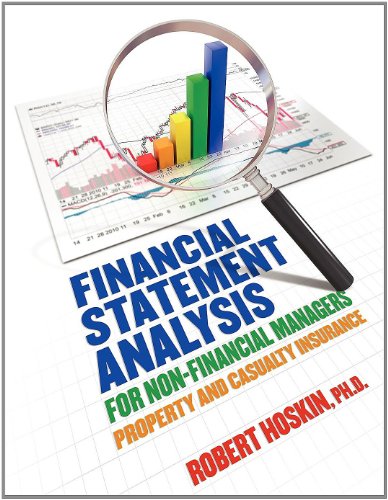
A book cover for Financial Statement Analysis for Non-Financial Managers: Property and Casualty Insurance; Ph.D. Robert Hoskin; Business & Money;